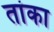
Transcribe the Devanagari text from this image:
तांका